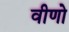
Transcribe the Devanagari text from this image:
वीणो